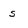
Character: s